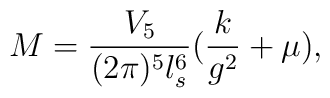
M={V_5\over (2\pi )^5 l_s^6}({k\over g^2}+\mu ),